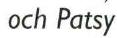
och Patsy